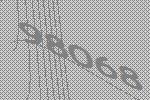
98068